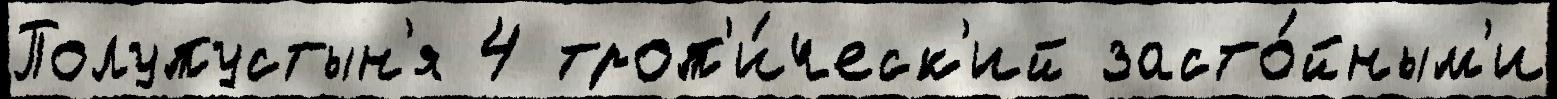
Полупустын'я 4 троп'и́ческ'ий засто́йным'и